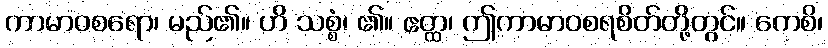
ကာမာဝစရော၊ မည်၏။ ဟိ သစ္စံ၊ ၏။ ဧတ္ထ၊ ဤကာမာဝစရစိတ်တို့တွင်။ ကေစိ၊